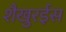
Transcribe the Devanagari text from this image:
शैखुरईस